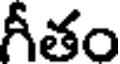
గీతం